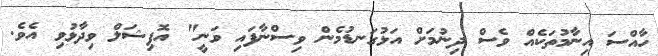
ހާއްސަ އިނާމުތަކެއް ވެސް ދިނުމަށް އަޅުގަނޑުމެން ވިސްނާފައި ވަނީ" އޮފިޝަލް ވިދާޅުވި އެވެ.